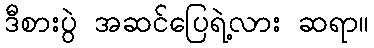
ဒီစားပွဲ အဆင်ပြေရဲ့လား ဆရာ။